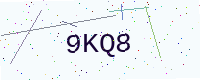
Text: 9KQ8